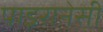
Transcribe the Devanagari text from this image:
पाइरानेसी